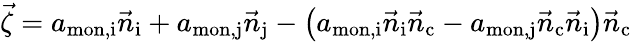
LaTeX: \vec{\zeta}=a_{\mathrm{mon,i}}\vec{n}_{\mathrm{i}}+a_{\mathrm{mon,j}}\vec{n}_{\mathrm{j}}-\left(a_{\mathrm{mon,i}}\vec{n}_{\mathrm{i}}\vec{n}_{\mathrm{c}}-a_{\mathrm{mon,j}}\vec{n}_{\mathrm{c}}\vec{n}_{\mathrm{i}}\right)\vec{n}_{\mathrm{c}}